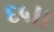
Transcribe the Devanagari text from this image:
६५।।